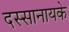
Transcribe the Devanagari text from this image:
दस्सानायके